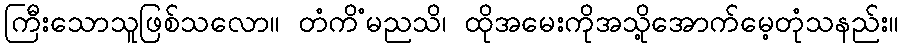
ကြီးသောသူဖြစ်သလော။ တံကိံမညသိ၊ ထိုအမေးကိုအသို့အောက်မေ့တုံသနည်း။